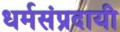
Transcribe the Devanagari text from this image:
धर्मसंप्रदायी